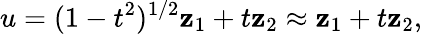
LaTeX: u=(1-t^{2})^{1/2}\mathbf{z}_{1}+t\mathbf{z}_{2}\approx\mathbf{z}_{1}+t\mathbf{z}_{2},